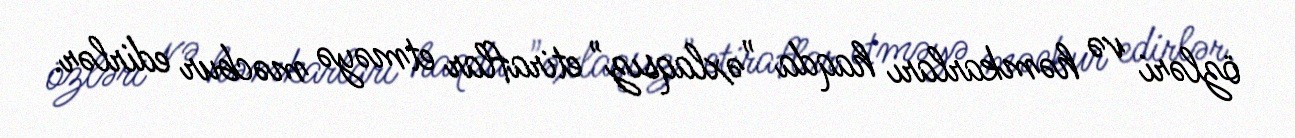
özləri və həmkarları haqda "əxlaqsız" etiraflar etməyə məcbur edirlər.